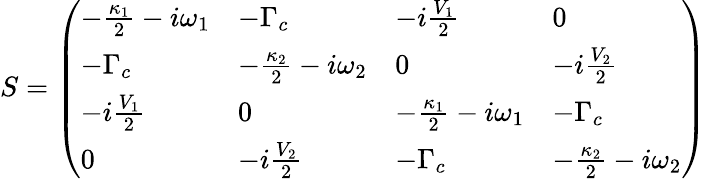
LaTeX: S=\left(\begin{array}{llll}{-\frac{\kappa_{1}}{2}-i\omega_{1}}&{-\Gamma_{c}}&{-i\frac{V_{1}}{2}}&{0}\\ {-\Gamma_{c}}&{-\frac{\kappa_{2}}{2}-i\omega_{2}}&{0}&{-i\frac{V_{2}}{2}}\\ {-i\frac{V_{1}}{2}}&{0}&{-\frac{\kappa_{1}}{2}-i\omega_{1}}&{-\Gamma_{c}}\\ {0}&{-i\frac{V_{2}}{2}}&{-\Gamma_{c}}&{-\frac{\kappa_{2}}{2}-i\omega_{2}}\end{array}\right)